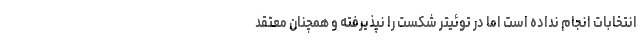
انتخابات انجام نداده است اما در توئیتر شکست را نپذیرفته و همچنان معتقد